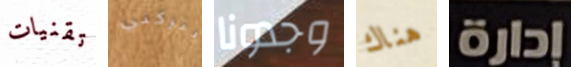
تقنيات يتركني وجدونا هناك إدارة